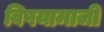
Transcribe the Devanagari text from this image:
विषयामाजीं